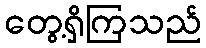
တွေ့ရှိကြသည်